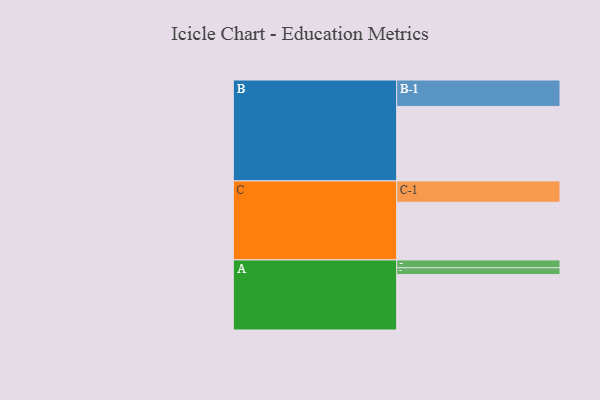
{"axis": {"x": "Segment", "y": "Value"}, "legend": ["", "A", "B", "C"], "data": [{"x": "A", "y": 411, "type": ""}, {"x": "B", "y": 553, "type": ""}, {"x": "C", "y": 428, "type": ""}, {"x": "A-1", "y": 51, "type": "A"}, {"x": "A-2", "y": 58, "type": "A"}, {"x": "B-1", "y": 196, "type": "B"}, {"x": "C-1", "y": 158, "type": "C"}]}